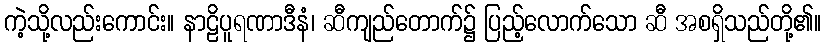
ကဲ့သို့လည်းကောင်း။ နာဠိပူရဏာဒီနံ၊ ဆီကျည်တောက်၌ ပြည့်လောက်သော ဆီ အစရှိသည်တို့၏။